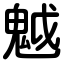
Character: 魆